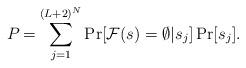
LaTeX: \begin{align*}P_{} = \sum_{j=1}^{(L+2)^N} \Pr[\mathcal{F}(s) = \emptyset | s_j]\Pr[s_j].\end{align*}